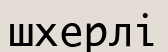
шхерлі